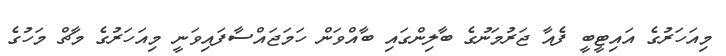
މިއަހަރުގެ އައިޓީބީ ފެއާ ޖަރުމަނުގެ ބާލިންގައި ބާއްވަން ހަމަޖައްސާފައިވަނީ މިއަހަރުގެ މާޗް މަހުގެ